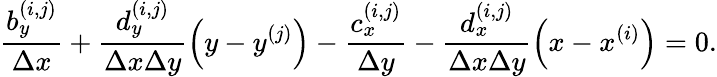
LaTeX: \frac{b_{y}^{(i,j)}}{\Delta x}+\frac{d_{y}^{(i,j)}}{\Delta x\Delta y}\left(y-y^{(j)}\right)-\frac{c_{x}^{(i,j)}}{\Delta y}-\frac{d_{x}^{(i,j)}}{\Delta x\Delta y}\left(x-x^{(i)}\right)=0.